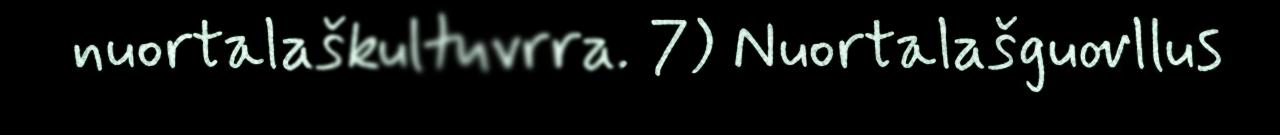
nuortalaškultuvrra. 7) Nuortalašguovllus